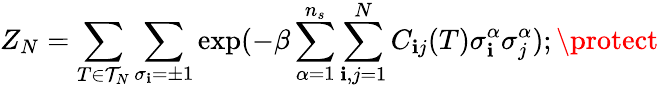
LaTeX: Z_{N}=\sum_{T\in{\cal{T}}_{N}}\sum_{\sigma_{\mathbf{i}}=\pm1}\exp(-\beta\sum_{\alpha=1}^{n_{s}}\sum_{\mathbf{i},j=1}^{N}C_{\mathbf{i}j}(T)\sigma_{\mathbf{i}}^{\alpha}\sigma_{j}^{\alpha});\protect